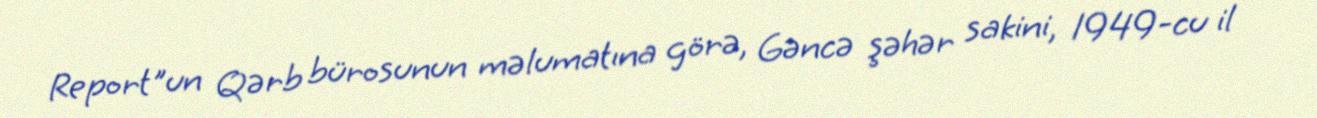
Report"un Qərb bürosunun məlumatına görə, Gəncə şəhər sakini, 1949-cu il